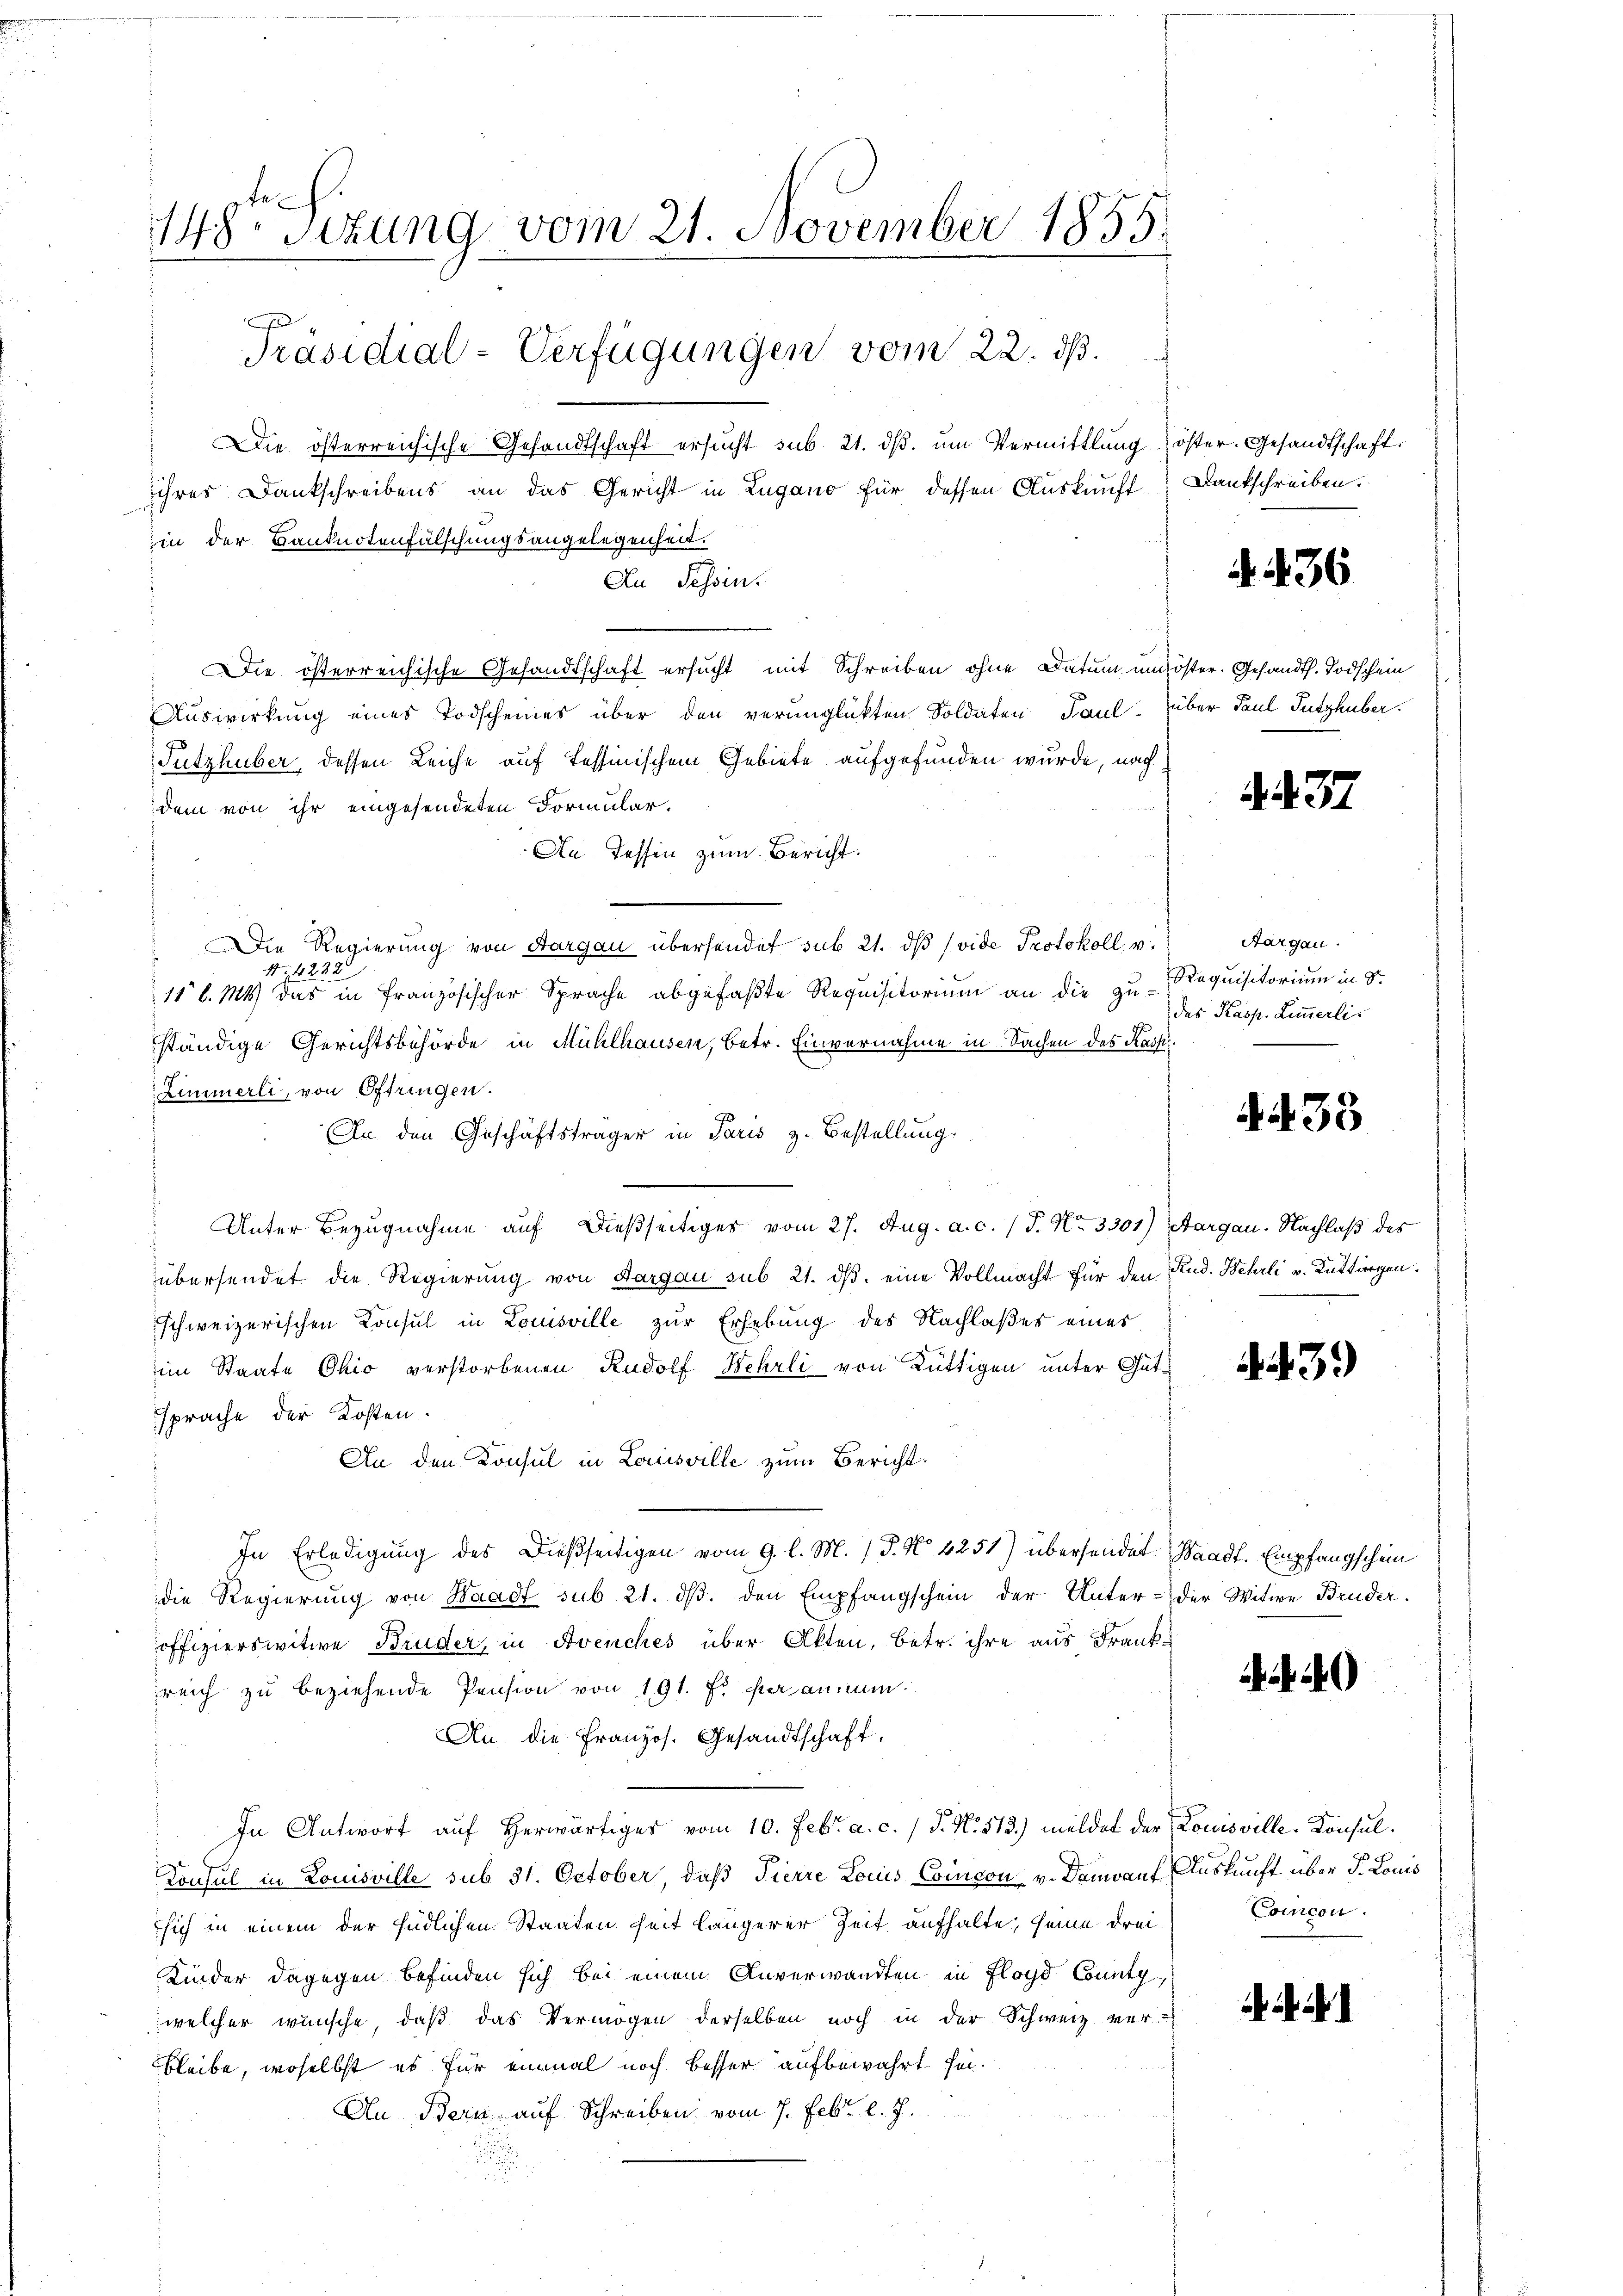
148te Sizung vom 21. November 1855.
r
Präsidial-Verfügungen vom 22. ds.

Die österreichische Gesandtschaft ersucht sub. 21. dβ. ŭm Vermittlung öster. Gesandtschaft.
ihres Dankschreibens an das Gericht in Lugano für dessen Auskunft. Dankschreiben.
in der Banknotenfälschungsangelegenheit.
An Tessin.
Die österreichische Gesandtschaft ersucht mit Schreiben ohne Datum und öster. Gesandts. Todschein
Auswirkung eines Todscheines über den verunglükten Soldaten Paul. über Paul Putzhuber.
Futzhuber, dessen Leiche auf Tessinischem Gebiete aufgefunden wurde, nach
dem von ihr eingesendeten Formular-
An Tessin zum Bericht.
Die Regierung von Aargau übersendet sub 21. dβ (vide Protokoll v
if. 232
11 l. M. das in Französischer Sprache abgefaßte Requisitorium an die zu-
ständige Gerichtsbehörde in Mühlhausen, betr. Einvernahme in Sachen des Kasp.
Zimmerli, von Oftringen.
An den Geschäftsträger in Paris z. Bestellung.
Unter Bezugnahme auf dießseitiger vom 27. Aug. a. c. (T. No 3301) Aargau. Nachlaß des
übersendet die Regierung von Aargau sub 21. ds. eine Vollmacht für den Rud. Wehrli v. Rüttingen.
schweizerischen Konsul in Louisville zur Erhebung des Nachlaßes eines
im Staate Ohio verstorbenen Rudolf Wehrli von Rüttigen unter Gutsprache der Kosten.
An den Konsul in Louisville zum Bericht.
In Erledigung des Dießseitigen vom 9. l. M. (T. No 4251) übersendet Waadt. Empfangschein
die Regierung von Waadt sub 21. dβ. den Empfangschein der Unter- der Witwe Bruder.
offizierswitwe Bruder, in Avenches über Akten, betr. ihre aus Frankreich zu beziehende Pension von 191. Es veranmun¬
An die Französ. Gesandtschaft,
In Antwort auf herwärtiges vom 10. Febr. a. c. / J. N. 513.) meldet der Louisville-Konsul¬
Konsul in Louisville sub 31. October, daß Tierre Louis Concon v. Darauf Auskunft über d. Louis
sich in einem der südlichen Staaten heit längerer Zeit aufhalte, seine drei¬
Kinder dagegen befinden sich bei einem Anverwandten in Floyd County,
welcher wünsche, daß das Vermögen derselben noch in der Schweiz ver-
bleibe, woselbst es für einmal noch besser aufbewahrt sei.
An Bern auf Schreiben vom 7. Febr. l. J.

A 36

437

Aargau.
Requisitorium in Sr.
das Kasp. Limmerli

4438

3.)

Comcon.